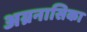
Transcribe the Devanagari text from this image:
अग्रनासिका